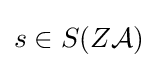
s\in S(Z{\mathcal {A}})